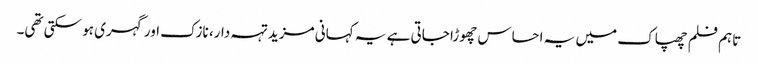
تاہم فلم چھپاک میں یہ احساس چھوڑا جاتی ہے یہ کہانی مزید تہہ دار، نازک اور گہری ہو سکتی تھی۔